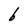
Character: b